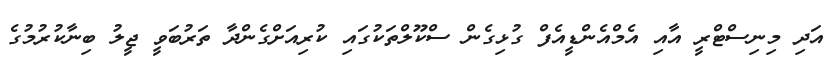
އަދި މިނިސްޓްރީ އާއި އެމްއެންޑީއެފް ގުޅިގެން ސްކޫލްތަކުގައި ކުރިއަށްގެންދާ ތަރުބަވީ ޖީލު ބިނާކުރުމުގެ